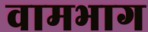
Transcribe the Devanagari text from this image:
वामभाग